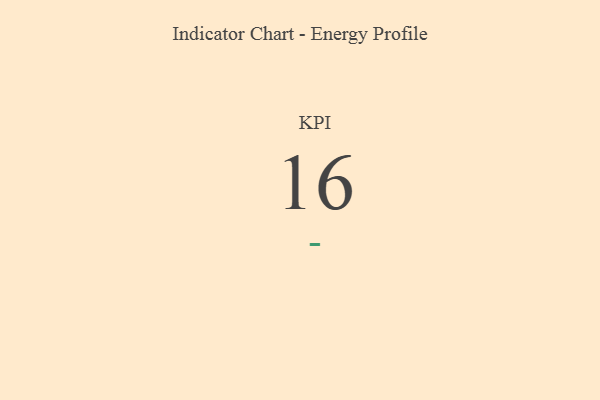
{"axis": {"x": "KPI", "y": "Value"}, "legend": [""], "data": [{"x": "KPI", "y": 16, "type": ""}]}